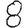
Digit: 8